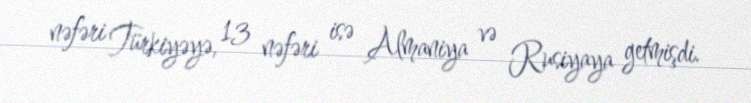
nəfəri Türkiyəyə, 13 nəfəri isə Almaniya və Rusiyaya getmişdi.